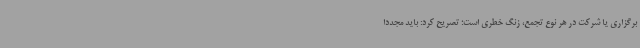
برگزاری یا شرکت در هر نوع تجمع، زنگ خطری است؛ تصریح کرد: باید مجددا